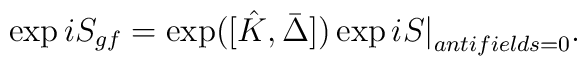
\exp iS_{gf}=\exp([\hat{K},\bar{\Delta}]) \exp iS\big\vert_{antifields=0}.